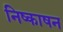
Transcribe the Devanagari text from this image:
निष्काषन